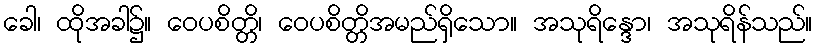
ခေါ၊ ထိုအခါ၌။ ဝေပစိတ္တိ၊ ဝေပစိတ္တိအမည်ရှိသော။ အသုရိန္ဒော၊ အသုရိန်သည်။